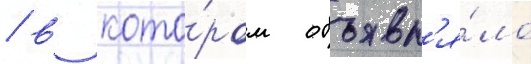
/ в кото́ром объявл'я́ло